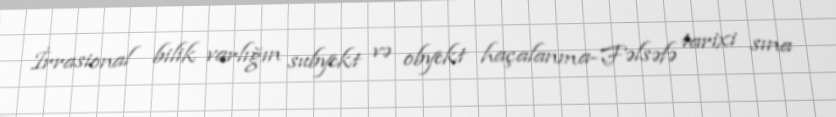
İrrasional bilik varlığın subyekt və obyekt haçalanma-Fəlsəfə tarixi sına